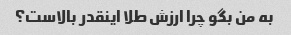
به من بگو چرا ارزش طلا اینقدر بالاست؟